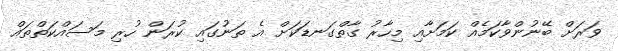
ވަރަށް ބޭނުންވާކަމެއް ކަމަށާއި މިހާރު ގާތްގަނޑަކަށް އެ ތަނުގައި ކުރަން ހުރި މަސައްކަތްތައް